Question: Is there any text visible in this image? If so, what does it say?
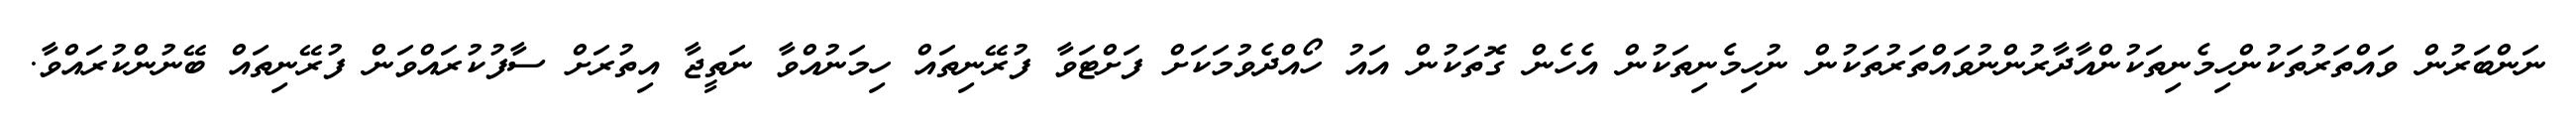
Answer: ނަންބަރުން ވައްތަރުތަކުންހިމެނިތަކުންއާދާރުންނުވައްތަރުތަކުން ނުހިމެނިތަކުން އެހެން ގޮތަކުން އައު ހޯއްދެވުމަކަށް ފަށްޓަވާ ފުރޭނިތައް ހިމަނުއްވާ ނަތީޖާ އިތުރަށް ސާފުކުރައްވަން ފުރޭނިތައް ބޭނުންކުރައްވާ.